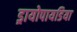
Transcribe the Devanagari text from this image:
ड्रायोपायडिया